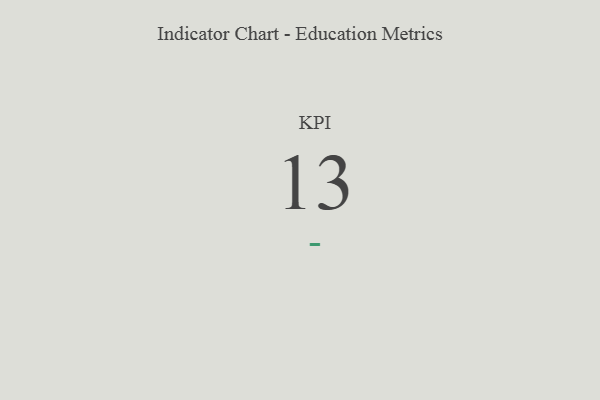
{"axis": {"x": "KPI", "y": "Value"}, "legend": [""], "data": [{"x": "KPI", "y": 13, "type": ""}]}